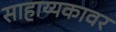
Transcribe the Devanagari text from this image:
साहाय्यकावर